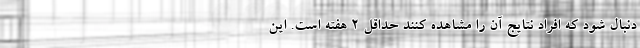
دنبال شود که افراد نتایج آن را مشاهده کنند حداقل ۲ هفته است. این